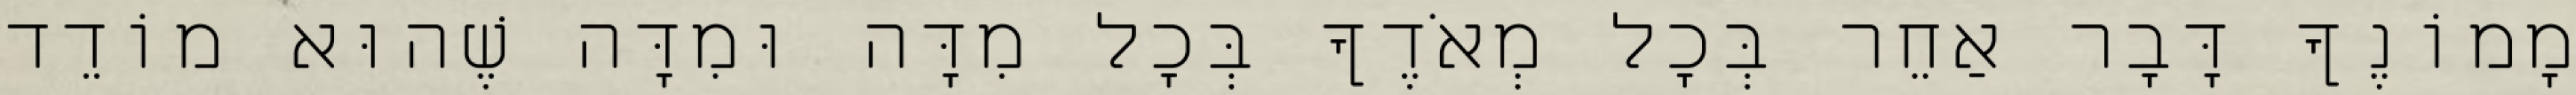
מָמוֹנֶךָ דָּבָר אַחֵר בְּכָל מְאֹדֶךָ בְּכָל מִדָּה וּמִדָּה שֶׁהוּא מוֹדֵד